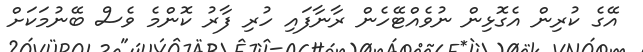
އޭގެ ކުރިން އެގޮޅިން ނުވެއްޓޭހެން ރާނާފައި ހުރި ފާރު ކޮންމެ ވެސް ބޭނުމަކަށް